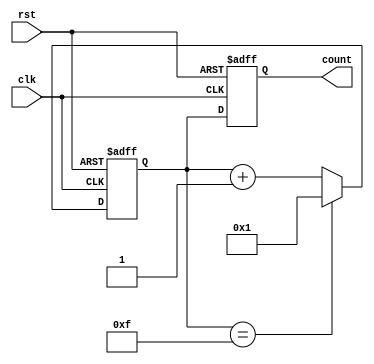
module gray_code_counter (
    input clk,
    input rst,
    output reg[3:0] count
);

reg[3:0] next_state;

always @(posedge clk or posedge rst) begin
    if (rst) begin
        count <= 4'b0000;
        next_state <= 4'b0001;
    end else begin
        count <= next_state;
        if (next_state == 4'b1111) begin
            next_state <= 4'b0001;
        end else begin
            next_state <= next_state + 1;
        end
    end
end

endmodule